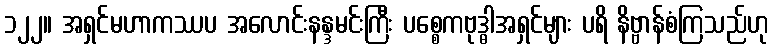
၁၂၂။ အရှင်မဟာကဿပ အလောင်းနန္ဒမင်းကြီး ပစ္စေကဗုဒ္ဓါအရှင်များ ပရိ နိဗ္ဗာန်စံကြသည်ဟု